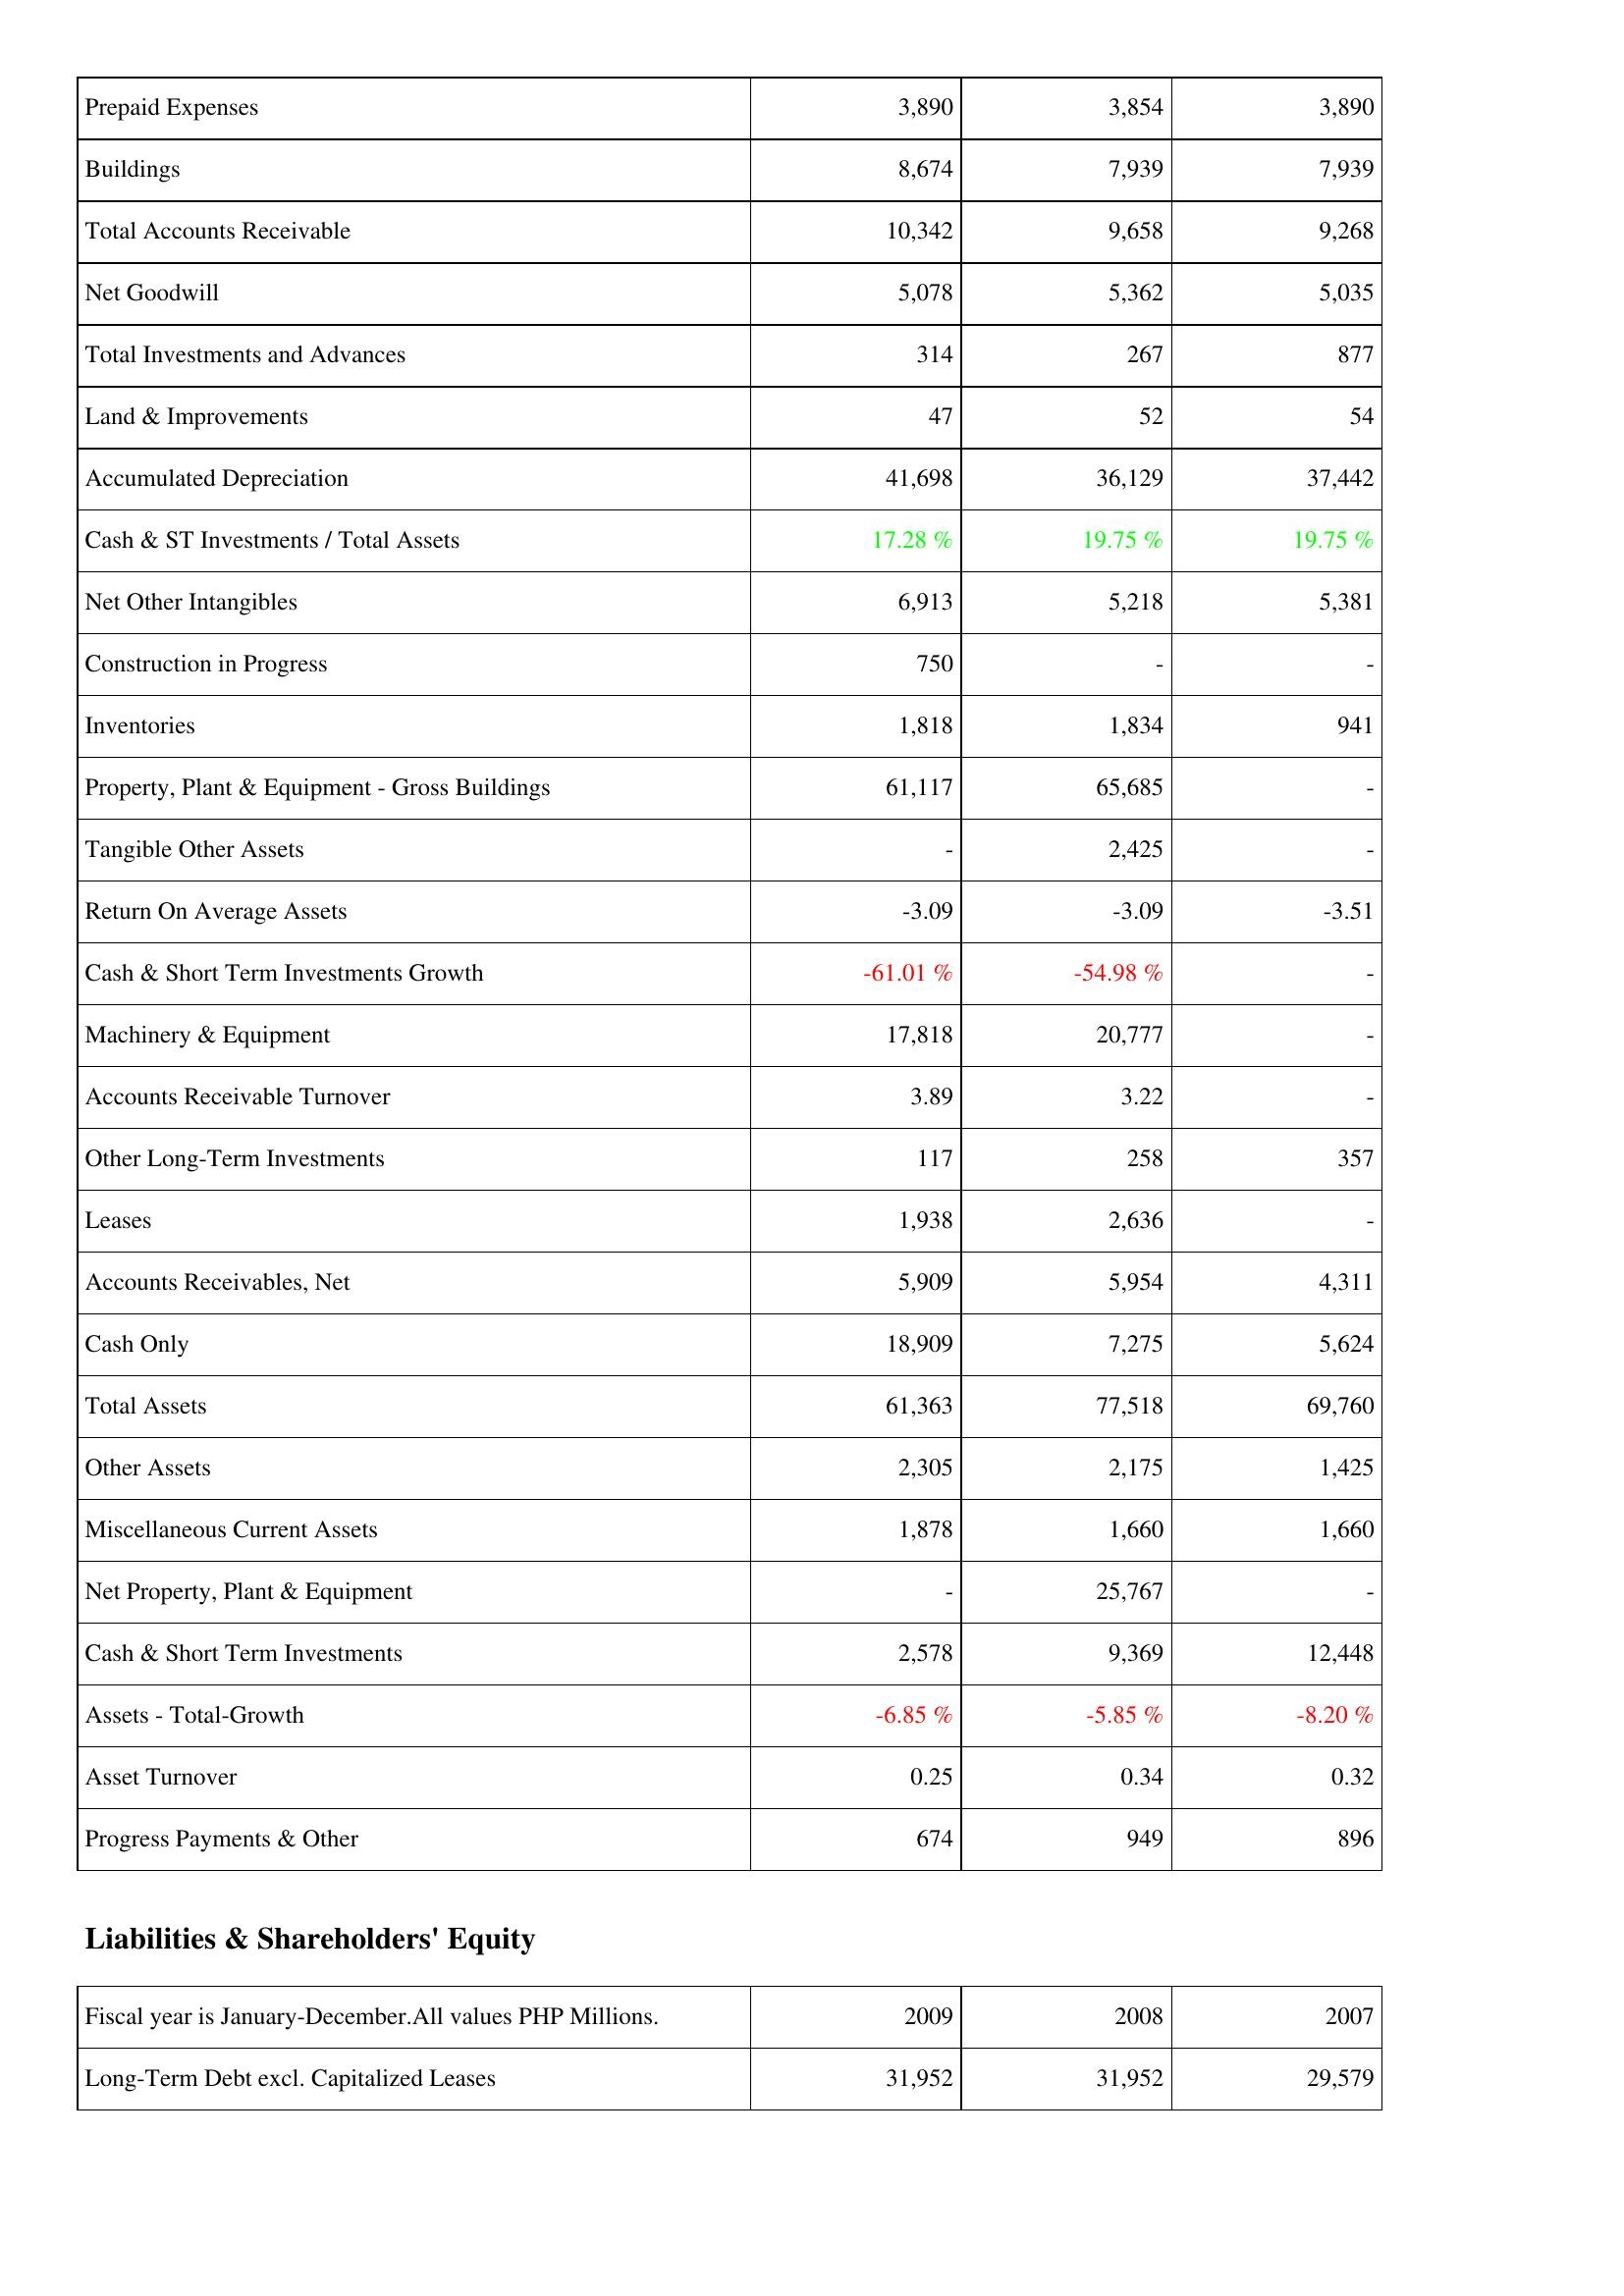
2009: Assets: Prepaid Expenses: 3,890
Buildings: 8,674
Total Accounts Receivable: 10,342
Net Goodwill: 5,078
Total Investments and Advances: 314
Land & Improvements: 47
Accumulated Depreciation: 41,698
Cash & ST Investments / Total Assets: 17.28 %
Net Other Intangibles: 6,913
Construction in Progress: 750
Inventories: 1,818
Property, Plant & Equipment - Gross Buildings: 61,117
Tangible Other Assets: -
Return On Average Assets: -3.09
Cash & Short Term Investments Growth: -61.01 %
Machinery & Equipment: 17,818
Accounts Receivable Turnover: 3.89
Other Long-Term Investments: 117
Leases: 1,938
Accounts Receivables, Net: 5,909
Cash Only: 18,909
Total Assets: 61,363
Other Assets: 2,305
Miscellaneous Current Assets: 1,878
Net Property, Plant & Equipment: -
Cash & Short Term Investments: 2,578
Assets - Total-Growth: -6.85 %
Asset Turnover: 0.25
Progress Payments & Other: 674
Liabilities & Shareholders' Equity: Long-Term Debt excl. Capitalized Leases: 31,952
2008: Assets: Prepaid Expenses: 3,854
Buildings: 7,939
Total Accounts Receivable: 9,658
Net Goodwill: 5,362
Total Investments and Advances: 267
Land & Improvements: 52
Accumulated Depreciation: 36,129
Cash & ST Investments / Total Assets: 19.75 %
Net Other Intangibles: 5,218
Construction in Progress: -
Inventories: 1,834
Property, Plant & Equipment - Gross Buildings: 65,685
Tangible Other Assets: 2,425
Return On Average Assets: -3.09
Cash & Short Term Investments Growth: -54.98 %
Machinery & Equipment: 20,777
Accounts Receivable Turnover: 3.22
Other Long-Term Investments: 258
Leases: 2,636
Accounts Receivables, Net: 5,954
Cash Only: 7,275
Total Assets: 77,518
Other Assets: 2,175
Miscellaneous Current Assets: 1,660
Net Property, Plant & Equipment: 25,767
Cash & Short Term Investments: 9,369
Assets - Total-Growth: -5.85 %
Asset Turnover: 0.34
Progress Payments & Other: 949
Liabilities & Shareholders' Equity: Long-Term Debt excl. Capitalized Leases: 31,952
2007: Assets: Prepaid Expenses: 3,890
Buildings: 7,939
Total Accounts Receivable: 9,268
Net Goodwill: 5,035
Total Investments and Advances: 877
Land & Improvements: 54
Accumulated Depreciation: 37,442
Cash & ST Investments / Total Assets: 19.75 %
Net Other Intangibles: 5,381
Construction in Progress: -
Inventories: 941
Property, Plant & Equipment - Gross Buildings: -
Tangible Other Assets: -
Return On Average Assets: -3.51
Cash & Short Term Investments Growth: -
Machinery & Equipment: -
Accounts Receivable Turnover: -
Other Long-Term Investments: 357
Leases: -
Accounts Receivables, Net: 4,311
Cash Only: 5,624
Total Assets: 69,760
Other Assets: 1,425
Miscellaneous Current Assets: 1,660
Net Property, Plant & Equipment: -
Cash & Short Term Investments: 12,448
Assets - Total-Growth: -8.20 %
Asset Turnover: 0.32
Progress Payments & Other: 896
Liabilities & Shareholders' Equity: Long-Term Debt excl. Capitalized Leases: 29,579